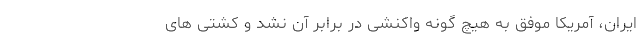
ایران، آمریکا موفق به هیچ گونه واکنشی در برابر آن نشد و کشتی های